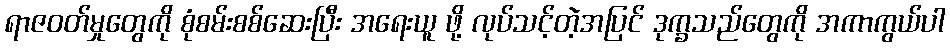
ရာဇဝတ်မှုတွေကို စုံစမ်းစစ်ဆေးပြီး အရေးယူ ဖို့ လုပ်သင့်တဲ့အပြင် ဒုက္ခသည်တွေကို အကာကွယ်ပါ